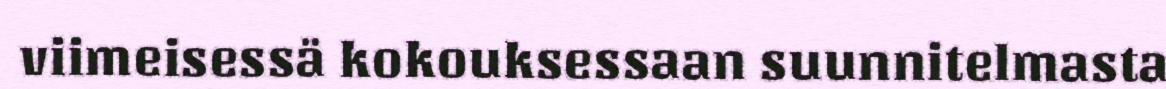
viimeisessä kokouksessaan suunnitelmasta